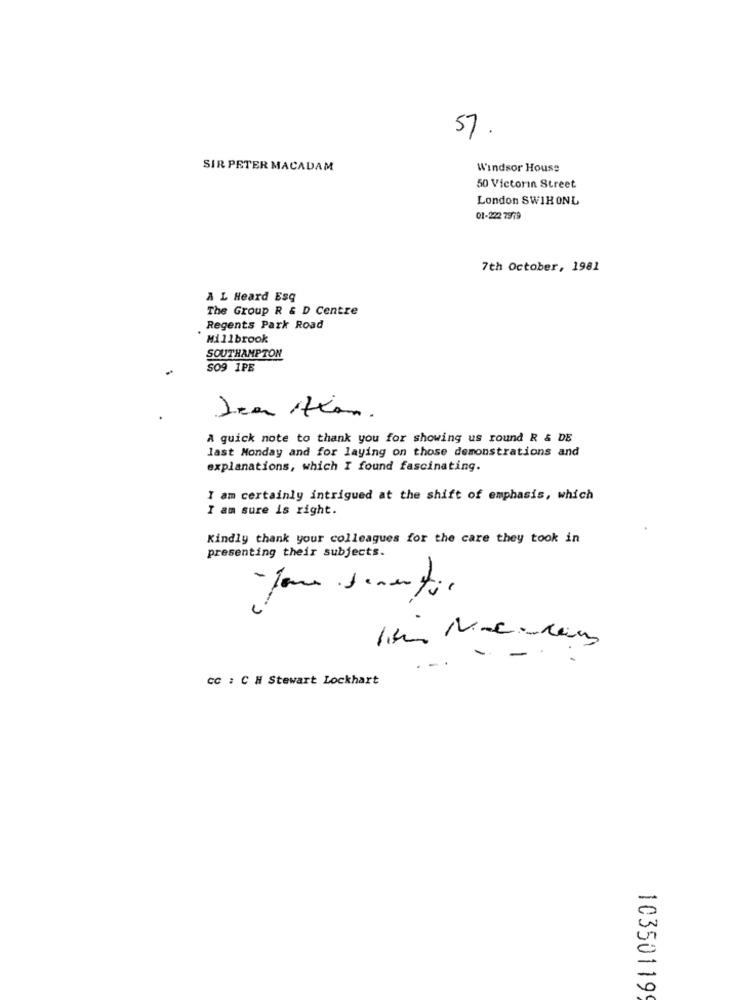
57.
SIR PETER MACADAM
Windsor House
50 Victorin Street
London SWIHONL
01-222 7979
7th October, 1981
A L Heard Esq
The Group R & D Centre
Regents Park Road
Millbrook
SOUTHAMPTON
SO9 1PE
Dear Ikan.
A quick note to thank you for showing us round R & DE
last Monday and for laying on those demonstrations and
explanations, which I found fascinating.
I am certainly intrigued at the shift of emphasis, which
I am sure is right.
Kindly thank your colleagues for the care they took in
presenting their subjects.
-
-Tour dementie
-
CC : C H Stewart Lockhart
-
-
103501199